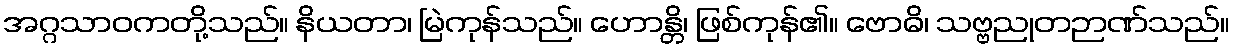
အဂ္ဂသာဝကတို့သည်။ နိယတာ၊ မြဲကုန်သည်။ ဟောန္တိ၊ ဖြစ်ကုန်၏။ ဗောဓိ၊ သဗ္ဗညုတဉာဏ်သည်။